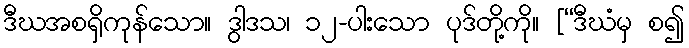
ဒီဃအစရှိကုန်သော။ ဒွါဒသ၊ ၁၂-ပါးသော ပုဒ်တို့ကို။ [“ဒီဃံမှ စ၍